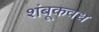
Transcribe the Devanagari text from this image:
शंबूकवध